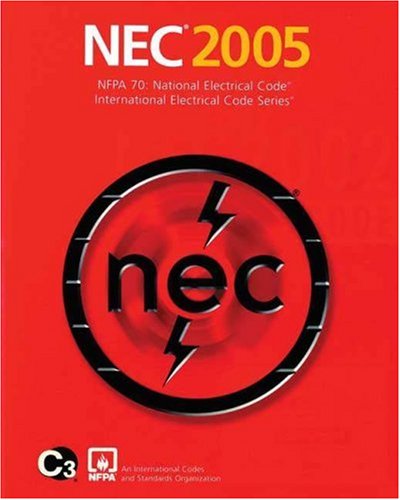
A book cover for National Electrical Code 2005 Softcover Version; National Fire Protection Association; Business & Money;